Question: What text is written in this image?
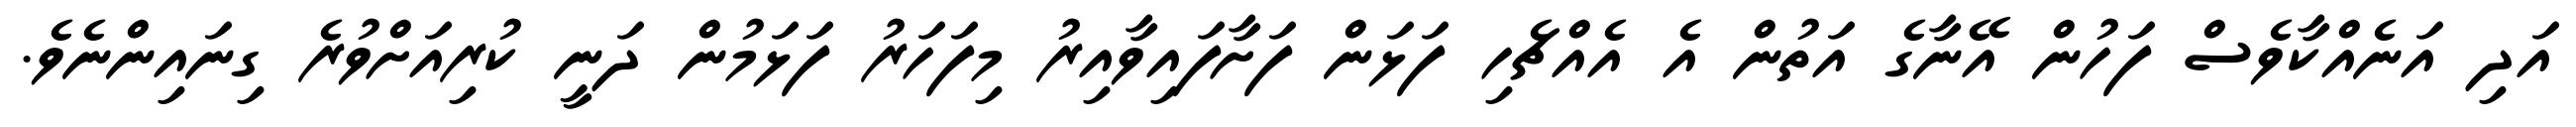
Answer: އަދި އަނެއްކާވެސް ފަހުން އޭނާގެ އަތުން އެ އެއްޗެހި ފަޅަން ފަށާފައިވާއިރު މިފަހަރު ފަޅަމުން ދަނީ ކުރިއަށްވުރެ ގިނައިންނެވެ.